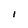
Character: l